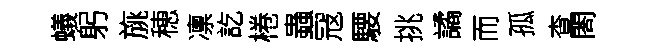
蟻躬旐穂凛訖棬蟲冦騕挑譎而孤查閤